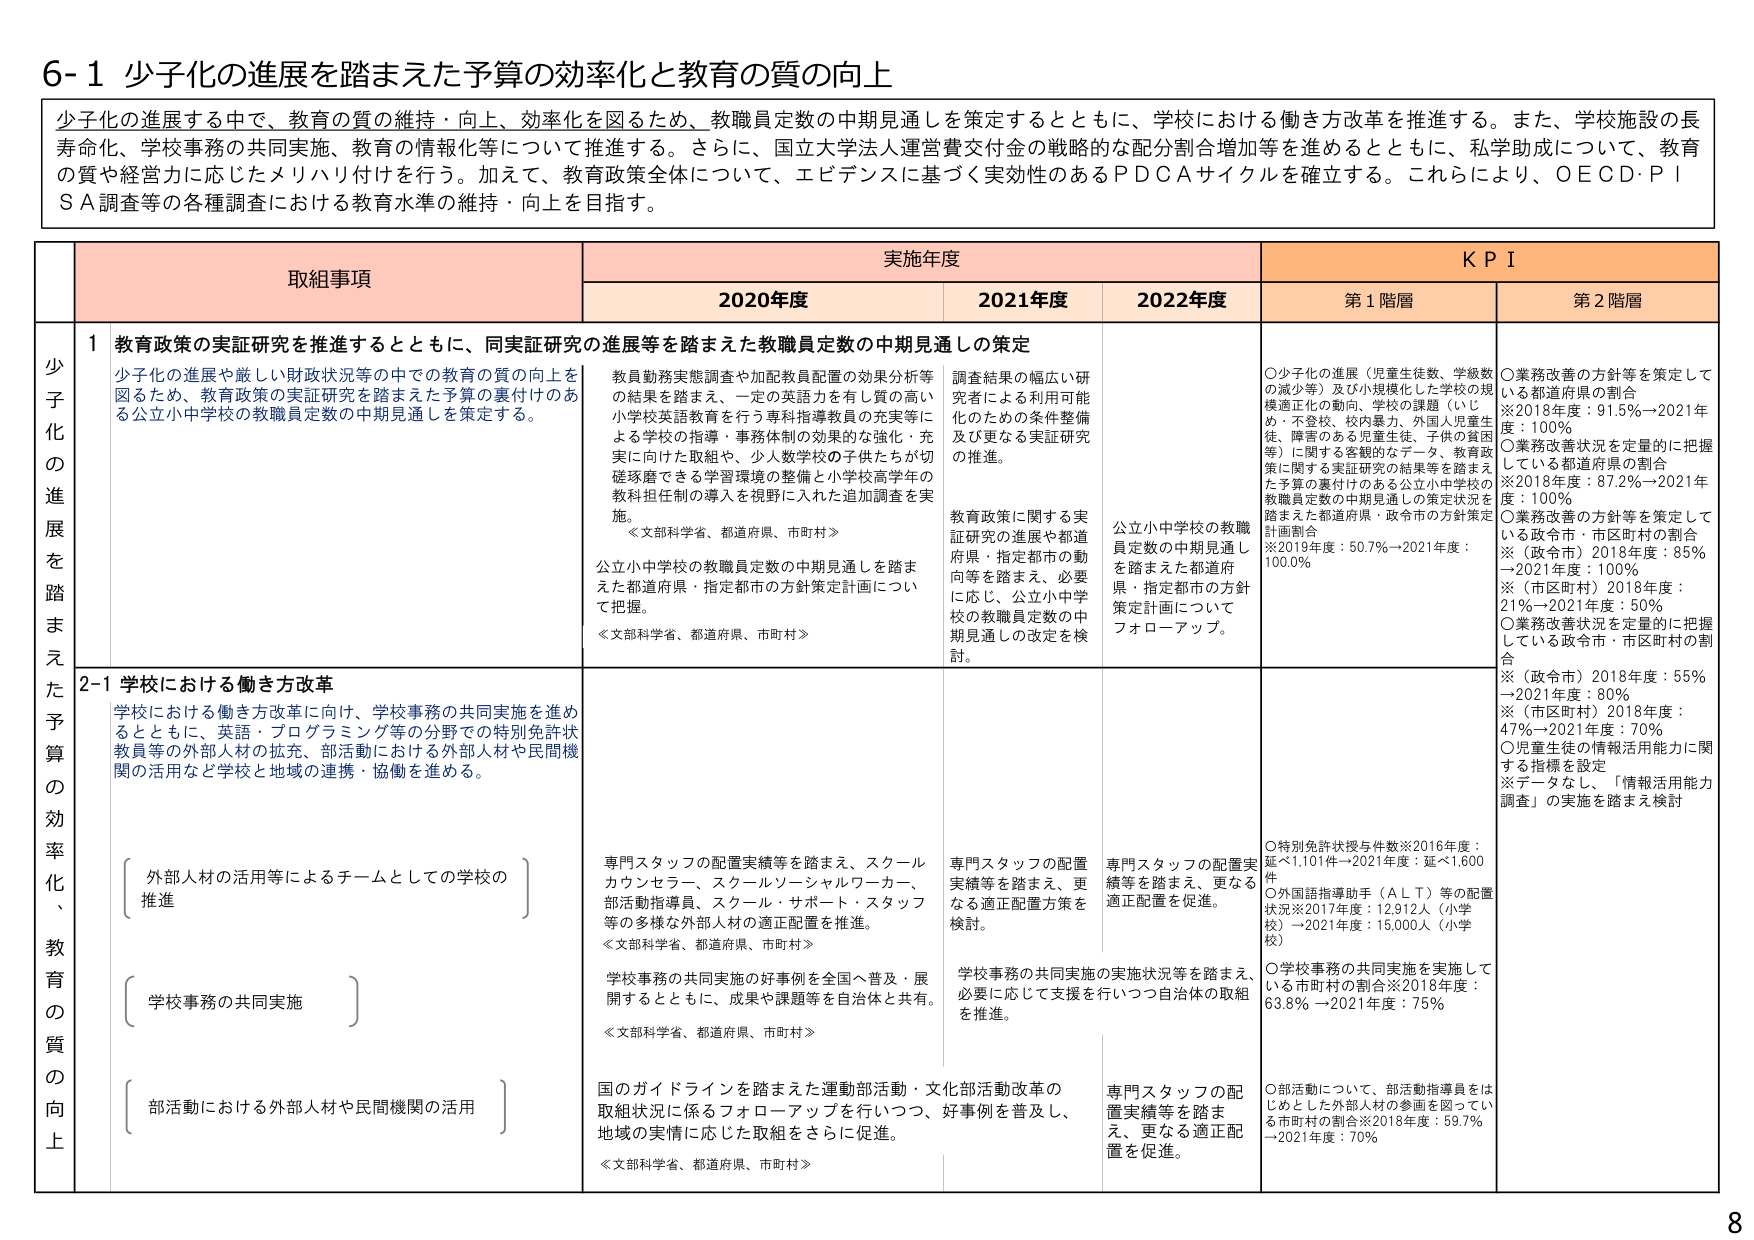
6-1 少子化の進展を踏まえた予算の効率化と教育の質の向上

少子化の進展する中で、教育の質の維持・向上、効率化を図るため、教職員定数の中期見通しを策定するとともに、学校における働き方改革を推進する。また、学校施設の長寿命化、学校事務の共同実施、教育の情報化等について推進する。さらに、国立大学法人運営費交付金の戦略的な配分割合増加等を進めるとともに、私学助成について、教育の質や経営力に応じたメリハリ付けを行う。加えて、教育政策全体について、エビデンスに基づく実効性のあるＰＤＣＡサイクルを確立する。これらにより、ＯＥＣＤ・ＰＩＳＡ調査等の各種調査における教育水準の維持・向上を目指す。

取組事項 実施年度 KPI
2020年度 2021年度 2022年度 第1階層 第2階層

少子化の進展を踏まえた予算の効率化、教育の質の向上

1 教育政策の実証研究を推進するとともに、同実証研究の進展等を踏まえた教職員定数の中期見通しの策定
少子化の進展や厳しい財政状況等の中での教育の質の向上を図るため、教育政策の実証研究を踏まえた予算の裏付けのある公立小中学校の教職員定数の中期見通しを策定する。

教員勤務実態調査や加配教員配置の効果分析等の結果を踏まえ、一定の英語力を有し質の高い小学校英語教育を行う専科指導教員の充実等による学校の指導・事務体制の効果的な強化・充実に向けた取組や、少人数学校の子供たちが切磋琢磨できる学習環境の整備と小学校高学年の教科担任制の導入を視野に入れた追加調査を実施。
≪文部科学省、都道府県、市町村≫
公立小中学校の教職員定数の中期見通しを踏まえた都道府県・指定都市の方針策定計画について把握。
≪文部科学省、都道府県、市町村≫

調査結果の幅広い研究者による利用可能性のための条件整備及び更なる実証研究の推進。

教育政策に関する実証研究の進展や都道府県・指定都市の動向等を踏まえ、必要に応じ、公立小中学校の教職員定数の中期見通しの改定を検討。

公立小中学校の教職員定数の中期見通しを踏まえた都道府県・指定都市の方針策定計画についてフォローアップ。

○少子化の進展（児童生徒数、学級数の減少等）及び小規模化した学校の規模適正化の動向、学校の課題（いじめ・不登校、校内暴力、外国人児童生徒、障害のある児童生徒、子供の貧困等）に関する客観的なデータ、教育政策に関する実証研究の結果等を踏まえた予算の裏付けのある公立小中学校の教職員定数の中期見通しの策定状況を踏まえた都道府県・政令市の方針策定計画割合
※2019年度：50.7％→2021年度：100.0％

○業務改善の方針等を策定している都道府県の割合
※2018年度：91.5％→2021年度：100％
○業務改善状況を定量的に把握している都道府県の割合
※2018年度：87.2％→2021年度：100％
○業務改善の方針等を策定している政令市・市区町村の割合
※（政令市）2018年度：85％→2021年度：100％
※（市区町村）2018年度：21％→2021年度：50％
○業務改善状況を定量的に把握している政令市・市区町村の割合
※（政令市）2018年度：55％→2021年度：80％
※（市区町村）2018年度：47％→2021年度：70％
○児童生徒の情報活用能力に関する指標を設定
※データなし、「情報活用能力調査」の実施を踏まえ検討

2-1 学校における働き方改革
学校における働き方改革に向け、学校事務の共同実施を進めるとともに、英語・プログラミング等の分野での特別免許状教員等の外部人材の拡充、部活動における外部人材や民間機関の活用など学校と地域の連携・協働を進める。

〔外部人材の活用等によるチームとしての学校の推進〕
〔学校事務の共同実施〕
〔部活動における外部人材や民間機関の活用〕

専門スタッフの配置実績等を踏まえ、スクールカウンセラー、スクールソーシャルワーカー、部活動指導員、スクール・サポート・スタッフ等の多様な外部人材の適正配置を推進。
≪文部科学省、都道府県、市町村≫
学校事務の共同実施の好事例を全国へ普及・展開するとともに、成果や課題等を自治体と共有。
≪文部科学省、都道府県、市町村≫
国のガイドラインを踏まえた運動部活動・文化部活動改革の取組状況に係るフォローアップを行いつつ、好事例を普及し、地域の実情に応じた取組をさらに促進。
≪文部科学省、都道府県、市町村≫

専門スタッフの配置実績等を踏まえ、更なる適正配置方策を検討。
学校事務の共同実施の実施状況等を踏まえ、必要に応じて支援を行いつつ自治体の取組を推進。
専門スタッフの配置実績等を踏まえ、更なる適正配置を促進。

○特別免許状授与件数※2016年度：延べ1,101件→2021年度：延べ1,600件
○外国語指導助手（ＡＬＴ）等の配置状況※2017年度：12,912人（小学校）→2021年度：15,000人（小学校）
○学校事務の共同実施を実施している市町村の割合※2018年度：63.8％→2021年度：75％
○部活動について、部活動指導員をはじめとした外部人材の参画を図っている市町村の割合※2018年度：59.7％→2021年度：70％

8